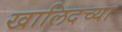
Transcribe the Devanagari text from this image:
खालिदच्या